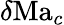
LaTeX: \delta\mathrm{Ma}_{c}